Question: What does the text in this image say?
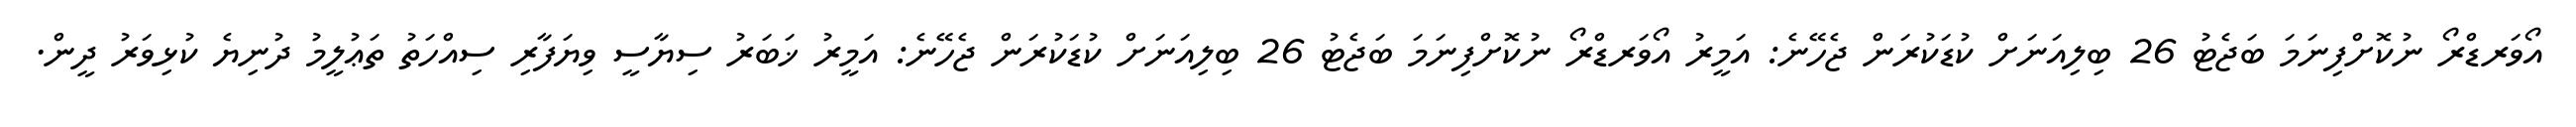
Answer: އޯވަރޑްރޯ ނުކޮށްފިނަމަ ބަޖެޓު 26 ބިލިއަނަށް ކުޑަކުރަން ޖެހޭނެ: އަމީރު އޯވަރޑްރޯ ނުކޮށްފިނަމަ ބަޖެޓު 26 ބިލިއަނަށް ކުޑަކުރަން ޖެހޭނެ: އަމީރު ޚަބަރު ސިޔާސީ ވިޔަފާރި ސިއްހަތު ތަޢުލީމު ދުނިޔެ ކުޅިވަރު ދީން.